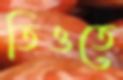
তিওতে